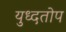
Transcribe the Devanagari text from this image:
युध्दतोप